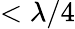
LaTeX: <\lambda/4